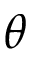
\theta